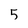
Character: 5